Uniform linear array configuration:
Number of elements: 8
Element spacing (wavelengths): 1
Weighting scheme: uniform
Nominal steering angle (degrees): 0
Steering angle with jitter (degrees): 0.1829
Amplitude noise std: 0.05
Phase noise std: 0.05

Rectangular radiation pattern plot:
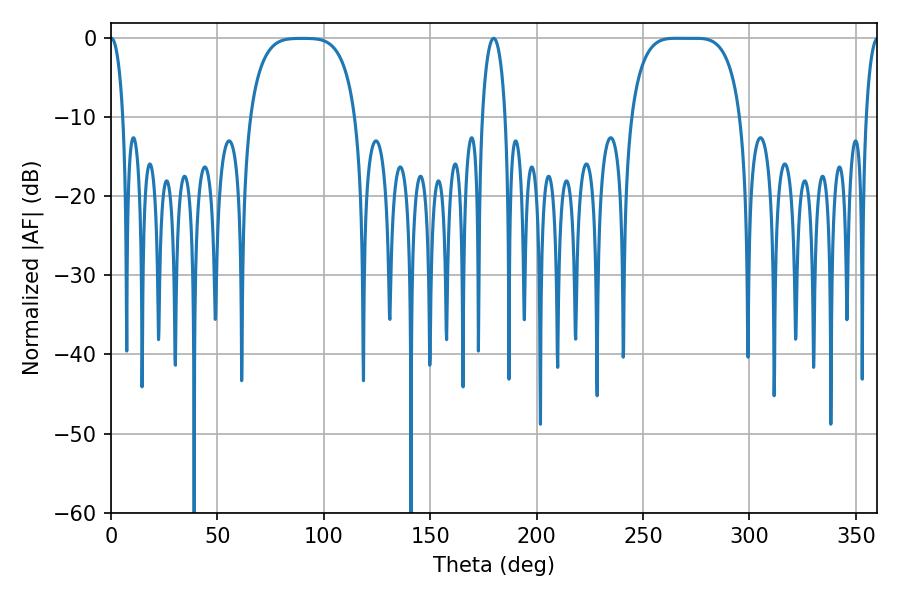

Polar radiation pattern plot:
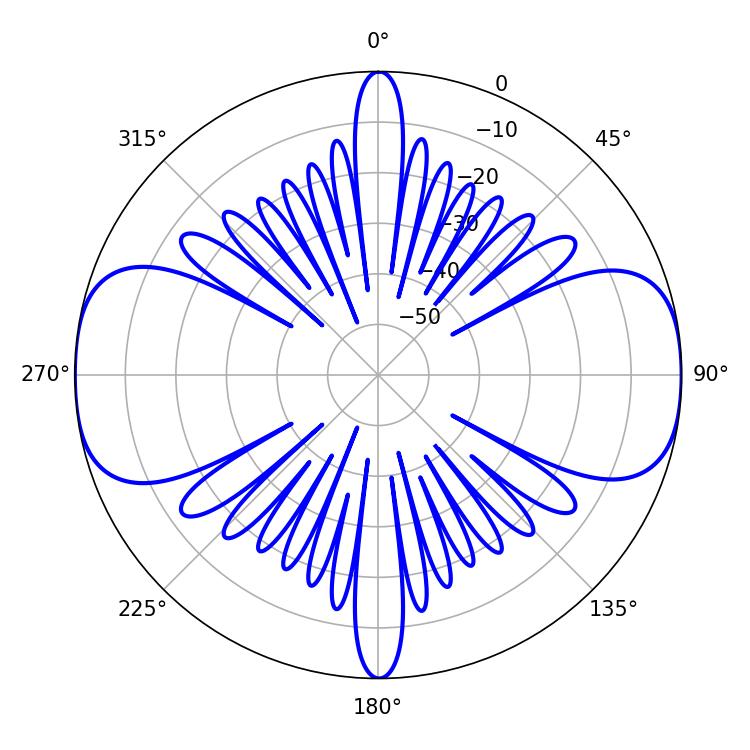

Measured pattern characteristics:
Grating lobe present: TRUE
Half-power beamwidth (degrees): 39.24
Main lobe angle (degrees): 265.32